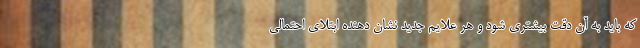
که باید به آن دقت بیشتری شود و هر علایم جدید نشان دهنده ابتلای احتمالی